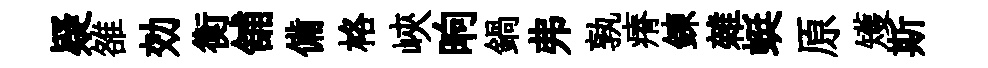
疑雒効衡舖備格峽晌鍋弗孰瘠錬雜蜓原矱斯